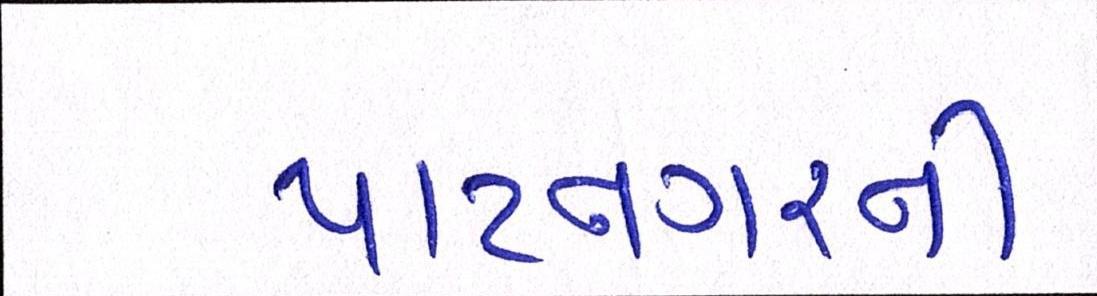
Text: પાટનગરની